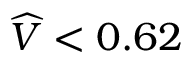
\widehat { V } < 0 . 6 2